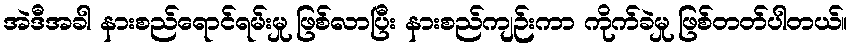
အဲဒီအခါ နားစည်ရောင်ရမ်းမှု ဖြစ်လာပြီး နားစည်ကျဉ်းကာ ကိုက်ခဲမှု ဖြစ်တတ်ပါတယ်။